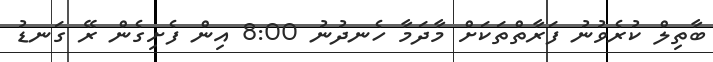
ބާތިލް ކުރެވުނު ފަރާތްތަކަށް މާދަމާ ހެނދުނު 8:00 އިން ފެށިގެން ރޭ ގަނޑު